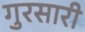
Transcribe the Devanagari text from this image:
गुरसारी